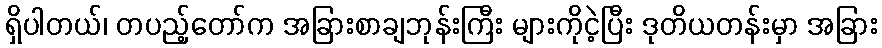
ရှိပါတယ်၊ တပည့်တော်က အခြားစာချဘုန်းကြီး များကိုငဲ့ပြီး ဒုတိယတန်းမှာ အခြား